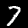
Digit: 7